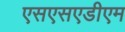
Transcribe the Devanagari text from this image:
एसएसएडीएम